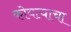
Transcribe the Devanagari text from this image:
कोयत्याचा